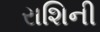
રાશિની